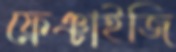
ফ্রেঞ্চাইজি